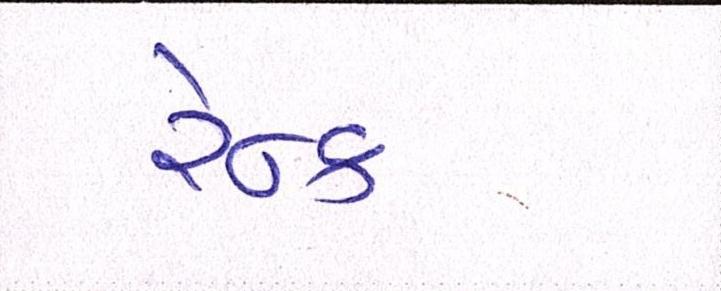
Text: રેન્ક